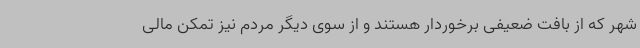
شهر که از بافت ضعیفی برخوردار هستند و از سوی دیگر مردم نیز تمکن مالی